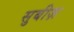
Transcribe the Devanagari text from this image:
सुबीज़